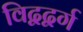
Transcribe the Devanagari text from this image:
विद्वद्वर्ग